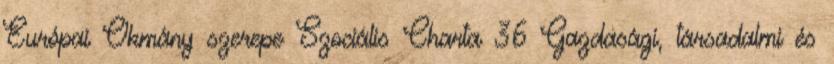
Európai Okmány szerepe Szociális Charta 36 Gazdasági, társadalmi és